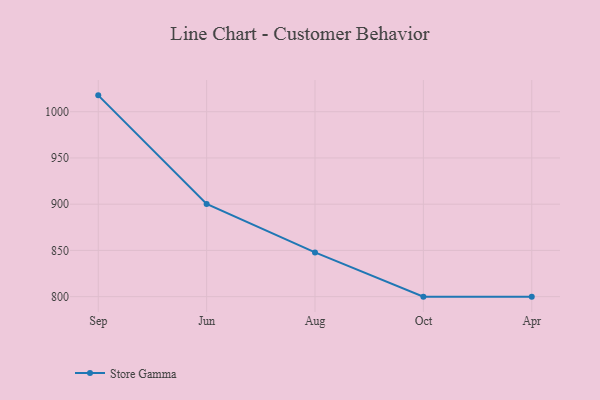
{"axis": {"x": "Month", "y": "Latency (ms)"}, "legend": ["Store Gamma"], "data": [{"x": "Sep", "y": 1017.7, "type": "Store Gamma"}, {"x": "Jun", "y": 900.2, "type": "Store Gamma"}, {"x": "Aug", "y": 847.8, "type": "Store Gamma"}, {"x": "Oct", "y": 800, "type": "Store Gamma"}, {"x": "Apr", "y": 800, "type": "Store Gamma"}]}